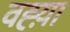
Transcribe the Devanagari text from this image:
वह्य़ा